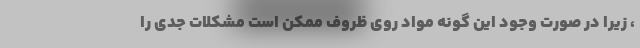
، زیرا در صورت وجود این گونه مواد روی ظروف ممکن است مشکلات جدی را